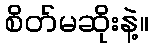
စိတ်မဆိုးနဲ့။